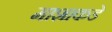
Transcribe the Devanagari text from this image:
माशाकडे